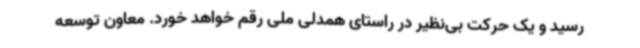
رسید و یک حرکت بی‌نظیر در راستای همدلی ملی رقم خواهد خورد. معاون توسعه